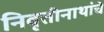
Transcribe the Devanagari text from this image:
निवृत्तीनाथांचे